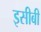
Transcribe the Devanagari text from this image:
इसीबी